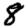
Digit: 8